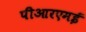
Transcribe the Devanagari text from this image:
पीआरएमई